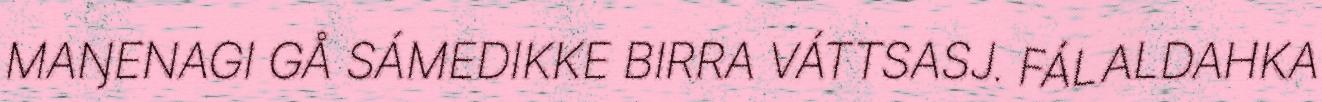
MAŊENAGI GÅ SÁMEDIKKE BIRRA VÁTTSASJ. FÁLALDAHKA